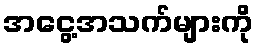
အငွေ့အသက်များကို